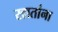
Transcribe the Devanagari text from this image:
खातांना